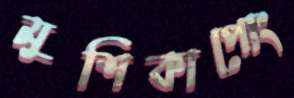
মুশিকাপোং